Medical and sanitary report on the native army of Bombay for the year
Year: 1878
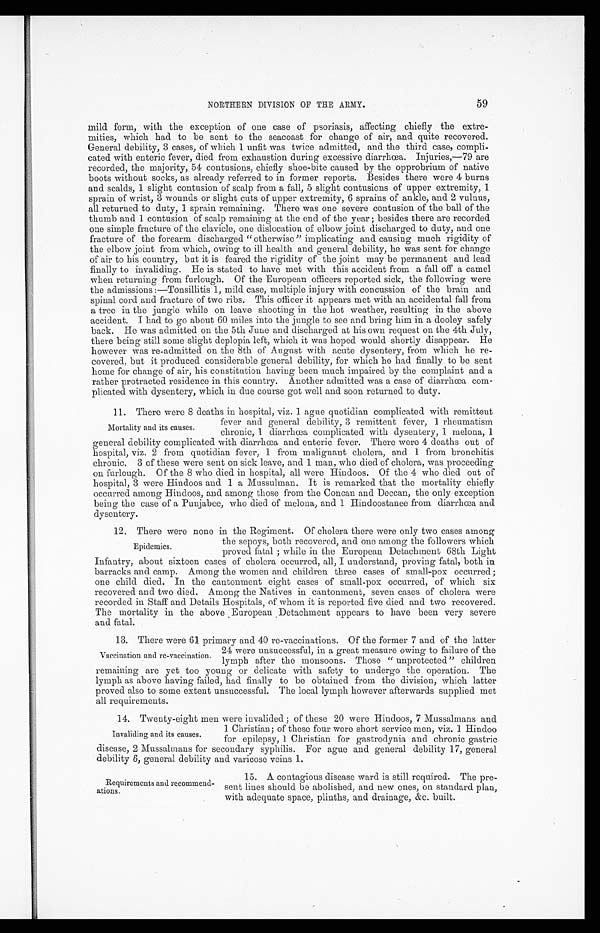
59
NORTHERN DIVISION OF THE ARMY.
mild form, with the exception of one case of psoriasis, affecting chiefly the extre
mities, which had to be sent to the seacoast for change of air, and quite recovered.
General debility, 3 cases, of which 1 unfit was twice admitted, and the third case, compli-
cated with enteric fever, died from exhaustion during excessive diarrhœa. Injuries,—79 are
recorded, the majority, 54 contusions, chiefly shoe-bite caused by the opprobrium of native
boots without socks, as already referred to in former reports. Besides there were 4 burns
and scalds, 1 slight contusion of scalp from a fall, 5 slight contusions of upper extremity, 1
sprain of wrist, 3 wounds or slight cuts of upper extremity, 6 sprains of ankle, and 2 vulnus,
all returned to duty, 1 sprain remaining. There was one severe contusion of the ball of the
thumb and 1 contusion of scalp remaining at the end of the year ; besides there are recorded
one simple fracture of the clavicle, one dislocation of elbow joint discharged to duty, and one
fracture of the forearm discharged "otherwise" implicating and causing much rigidity of
the elbow joint from which, owing to ill health and general debility, he was sent for change
of air to his country, but it is feared the rigidity of the joint may be permanent and lead
finally to invaliding. He is stated to have met with this accident from a fall off a camel
when returning from furlough. Of the European officers reported sick, the following were
the admissions :—Tonsillitis 1, mild case, multiple injury with concussion of the brain and
spinal cord and fracture of two ribs. This officer it appears met with an accidental fall from
a tree in the jungle while on leave shooting in the hot weather, resulting in the above
accident. I had to go about 60 miles into the jungle to see and bring him in a dooley safely
back. He was admitted on the 5th June and discharged at his own request on the 4th July,
there being still some slight deplopia left, which it was hoped would shortly disappear. He
however was re-admitted on the 8th of August with acute dysentery, from which he re-
covered, but it produced considerable general debility, for which he had finally to be sent
home for change of air, his constitution having been much impaired by the complaint and a
rather protracted residence in this country. Another admitted was a case of diarrhœa co
mplicated with dysentery. which in due course got well and soon returned to duty.
11. There were 8 deaths in hos pital, viz. 1 ague quotidian complicated with remittent
Mortality and its causes.
fever and general debility, 3 remittent fever, 1 rheumatism
chronic, 1 diarrhœa complicated with dysentery, 1 melona, 1
general debility complicated with diarrhœa and enteric fever. There were 4 deaths out of
hospital, viz. 2 from quotidian fever, 1 from malignant cholera, and 1 from bronchitis
chronic. 3 of these were sent on sick leave, and 1 man, who died of cholera, was proceeding
on furlough. Of the 8 who died in hospital, all were Hindoos. Of the 4 who died out of
hospital, 3 were Hindoos and 1 a Mussulman. It is remarked that the mortality chiefly
occurred among Hindoos, and among those from the Concan and Deccan, the only exception
being the case of a Punjabee, who died of melona, and 1 Hind oostanee from diarrhœa and
d y s e n t e r y .
12 . There were none in the Regiment.
Of cholera there were only two cases among
Epidemics.
the sepoys, both recovered, and one among the followers which
proved fatal while in the European Detachment 68th Light
infantry, about sixteen cases of cholera occurred, all, 1 understand, proving fatal, both in
barracks and camp. Among the women and children three cases of small-pox occurred;
one child died. In the cantonment eight cases of small-pox occurred, of which six
recovered and two died. Among the Natives in cantonment, seven cases of cholera were
recorded in Staff and Details Hospitals, of whom it is reported five died and two recovered.
The mortality in the above European Detachment appears to have been very severe
a n d f a t a l .
13.
There were 61 primary and 40 re-vaccinations. Of the former 7 and of the latter
Vaccination and re-vaccination.
24 were unsuccessful, in a great measure owing to failure of the
lymph after the monsoons. These ''unprotected '' children
remaining are yet too young or delicate with safety to undergo the operation. The
lymph as above having failed, had finally to be obtained from the division, which latter
proved also to some extent unsuccessful. The local lymph however afterwards supplied met
all requirements.
14. Twenty-eight men were invalided : of these 20 were Hindoos. 7 Mussalmans and
Invaliding and its causes.
1 Christian; of these four were short service men, viz. 1 Hindoo
for epilepsy, 1 Christian for gastrodvnia and chronic gastric
disease, 2 Mussalmans for secondary syphilis. For ague and general debility 17, general
debility 6, general debility and varicose veins 1.
Requirements and recommend
ations.
15. A contagious disease ward is still required. The pre-
sent lines should be abolished, and new ones, on standard plan,
with adequate space, plinths, and drainage, &c. built.